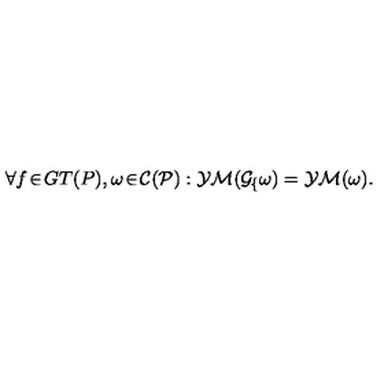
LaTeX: \mathrm { \large \forall } f \! \in \! G T ( P ) , \omega \! \in \! \cal C ( P ) : Y M ( G \! \sb f \omega ) = Y M ( \omega ) .